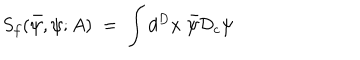
LaTeX: S _ { f } ( { \bar { \psi } } , \psi ; A ) \; = \; \int d ^ { D } x \; { \bar { \psi } } { \mathcal D } _ { c } \psi